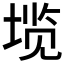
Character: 𱗏